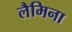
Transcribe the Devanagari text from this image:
लैमिना